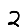
Digit: 2